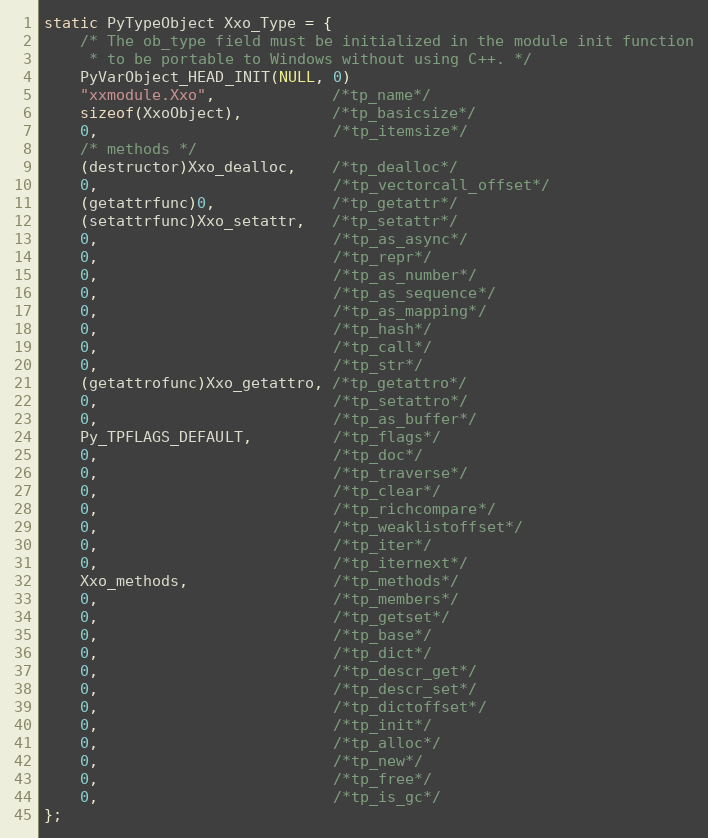
Language: C
static PyTypeObject Xxo_Type = {
    /* The ob_type field must be initialized in the module init function
     * to be portable to Windows without using C++. */
    PyVarObject_HEAD_INIT(NULL, 0)
    "xxmodule.Xxo",             /*tp_name*/
    sizeof(XxoObject),          /*tp_basicsize*/
    0,                          /*tp_itemsize*/
    /* methods */
    (destructor)Xxo_dealloc,    /*tp_dealloc*/
    0,                          /*tp_vectorcall_offset*/
    (getattrfunc)0,             /*tp_getattr*/
    (setattrfunc)Xxo_setattr,   /*tp_setattr*/
    0,                          /*tp_as_async*/
    0,                          /*tp_repr*/
    0,                          /*tp_as_number*/
    0,                          /*tp_as_sequence*/
    0,                          /*tp_as_mapping*/
    0,                          /*tp_hash*/
    0,                          /*tp_call*/
    0,                          /*tp_str*/
    (getattrofunc)Xxo_getattro, /*tp_getattro*/
    0,                          /*tp_setattro*/
    0,                          /*tp_as_buffer*/
    Py_TPFLAGS_DEFAULT,         /*tp_flags*/
    0,                          /*tp_doc*/
    0,                          /*tp_traverse*/
    0,                          /*tp_clear*/
    0,                          /*tp_richcompare*/
    0,                          /*tp_weaklistoffset*/
    0,                          /*tp_iter*/
    0,                          /*tp_iternext*/
    Xxo_methods,                /*tp_methods*/
    0,                          /*tp_members*/
    0,                          /*tp_getset*/
    0,                          /*tp_base*/
    0,                          /*tp_dict*/
    0,                          /*tp_descr_get*/
    0,                          /*tp_descr_set*/
    0,                          /*tp_dictoffset*/
    0,                          /*tp_init*/
    0,                          /*tp_alloc*/
    0,                          /*tp_new*/
    0,                          /*tp_free*/
    0,                          /*tp_is_gc*/
};